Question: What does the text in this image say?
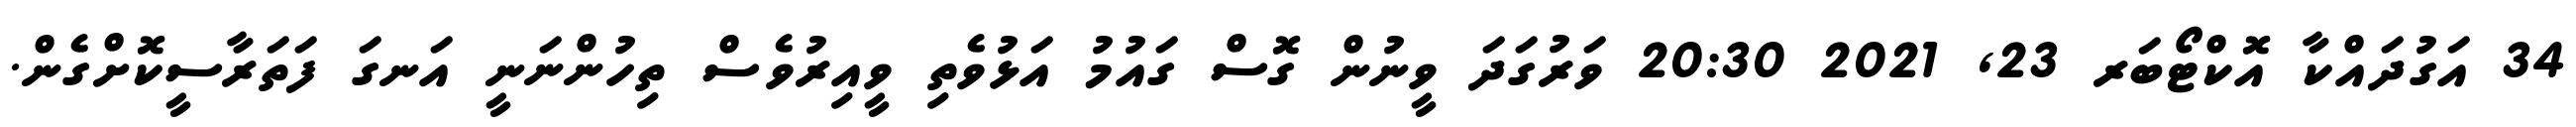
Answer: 34 އަގުދައްކާ އޮކްޓޯބަރ 23, 2021 20:30 ވަރުގަދަ ވީނުން ގޮސް ގައުމު އަޅުވެތި ވީއިރުވެސް ތިހުންނަނީ އަނގަ ފަތަރާސީކޮށްގެން.